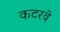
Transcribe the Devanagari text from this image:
कटरवे